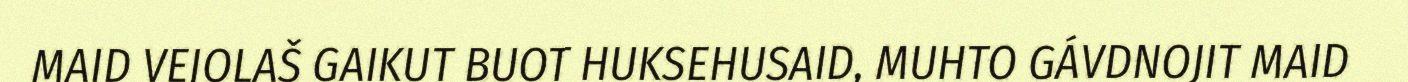
MAID VEJOLAŠ GAIKUT BUOT HUKSEHUSAID, MUHTO GÁVDNOJIT MAID